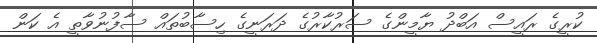
ކުރީގެ ރައީސް އަބްދު ޔާމީންގެ ސަރުކާރުގެ ދަރަނީގެ ހިސާބުތައް ސާފުނުވާތީ އެ ކަން